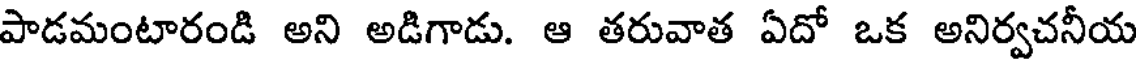
పాడమంటారండి అని అడిగాడు. ఆ తరువాత ఏదో ఒక అనిర్వచనీయ